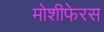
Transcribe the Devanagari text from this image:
मोशीफेरस